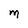
Character: M